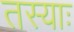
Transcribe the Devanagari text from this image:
तस्याः